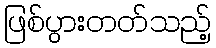
ဖြစ်ပွားတတ်သည့်